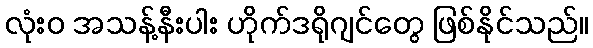
လုံးဝ အသန့်နီးပါး ဟိုက်ဒရိုဂျင်တွေ ဖြစ်နိုင်သည်။